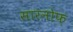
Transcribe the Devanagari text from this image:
सारनोफ़